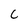
Character: C